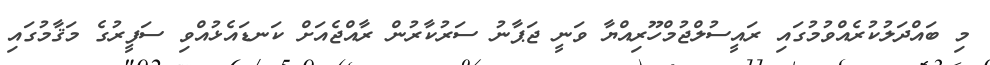
މި ބައްދަލުކުރެއްވުމުގައި ރައީސުލްޖުމްހޫރިއްޔާ ވަނީ ޖަޕާނު ސަރުކާރުން ރާއްޖެއަށް ކަނޑައެޅުއްވި ސަފީރުގެ މަޤާމުގައި